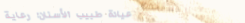
عيادة طبيب الأسنان: رعاية